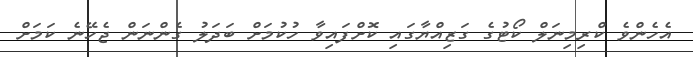
އެހެންވެ ކްރިމިނަލް ކޯޓުގެ ގަޒިއްޔާގައި ކޮށްފައިވާ ހުކުމަށް ބަދަލު ގެންނަން ޖެހޭނެ ކަމަށް